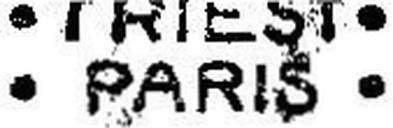
• PARIS •